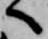
へ